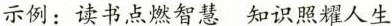
示例：读书点燃智慧知识照耀人生